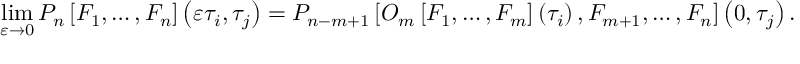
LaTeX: \operatorname * { l i m } _ { \varepsilon \rightarrow 0 } P _ { n } \left[ F _ { 1 } , \dots , F _ { n } \right] \left( \varepsilon \tau _ { i } , \tau _ { j } \right) = P _ { n - m + 1 } \left[ O _ { m } \left[ F _ { 1 } , \dots , F _ { m } \right] \left( \tau _ { i } \right) , F _ { m + 1 } , \dots , F _ { n } \right] \left( 0 , \tau _ { j } \right) .